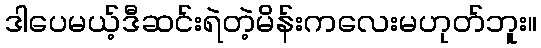
ဒါပေမယ့်ဒီဆင်းရဲတဲ့မိန်းကလေးမဟုတ်ဘူး။